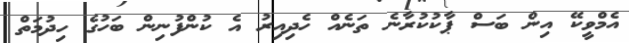
އެމްވީކޭ އިން ބަސް ޕާކުކުރާނެ ތަނެއް ހެދިއިރު އެ ކުންފުނިން ބަހުގެ ހިދުމަތް